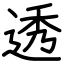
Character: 透